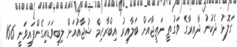
ގަލޮޅު ދެކުނު ދާއިރާގެ ވަގުތީ ނަތީޖާއަށް ބަލާއިރު އިބްރާހިމް ޝުޖާއުއަށް ލިބިވަޑައިގެންފައިވަނީ 166